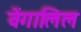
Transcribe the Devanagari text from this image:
वेंगालिल